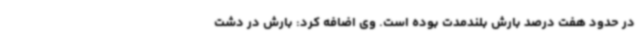
در حدود هفت درصد بارش بلندمدت بوده است. وی اضافه کرد: بارش در دشت